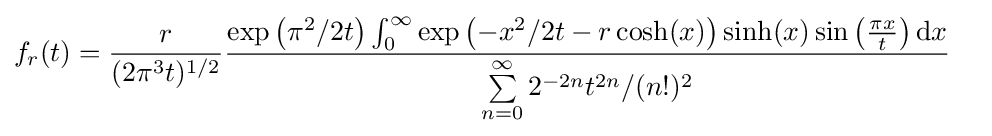
f_{r}(t)={\frac {r}{(2\pi ^{3}t)^{1/2}}}{\frac {\exp \left(\pi ^{2}/2t\right)\int _{0}^{\infty }\exp \left(-x^{2}/2t-r\cosh(x)\right)\sinh(x)\sin \left({\frac {\pi x}{t}}\right)\mathrm {d} x}{\sum \limits _{n=0}^{\infty }2^{-2n}t^{2n}/(n!)^{2}}}\quad